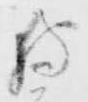
狩